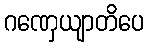
ဂဏှေယျာတိပေ